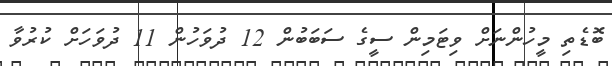
ބޮޑެތި މީހުންނަށް ވިޓަމިން ސީގެ ސަބަބުން 12 ދުވަހުން 11 ދުވަހަށް ކުރުވާ